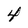
Character: 4